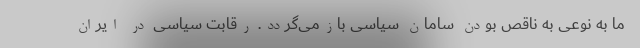
ما به نوعی به ناقص بودن سامان سیاسی بازمی‌گردد. رقابت سیاسی در ایران